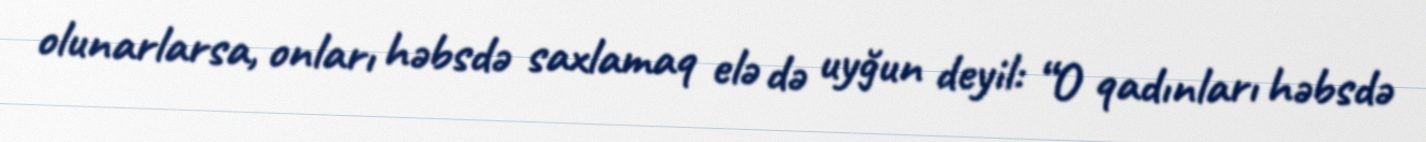
olunarlarsa, onları həbsdə saxlamaq elə də uyğun deyil: “O qadınları həbsdə